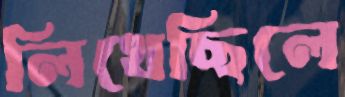
লিখেছিলে